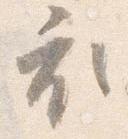
衣